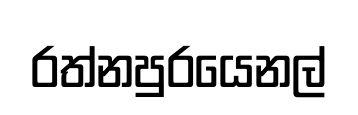
රත්නපුරයෙනල්